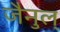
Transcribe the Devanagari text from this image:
जैनुल्